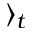
\rangle _ { t }